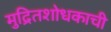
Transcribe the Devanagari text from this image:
मुद्रितशोधकाची